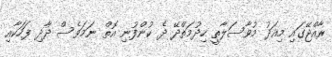
ރާއްޖޭގައި މިއަދު މުވާސަލާތީ ހިދުމަތްދޭ ދެ ކުންފުނި އޮތް ނަމަވެސް ދާދި ފަހަކާއި